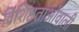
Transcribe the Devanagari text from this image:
विशिष्टताओंवाली